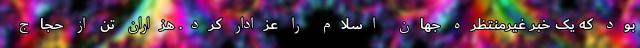
بود که یک خبر غیرمنتظره جهان اسلام را عزادار کرد. هزاران تن از حجاج